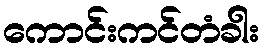
ကောင်းကင်တံခါး